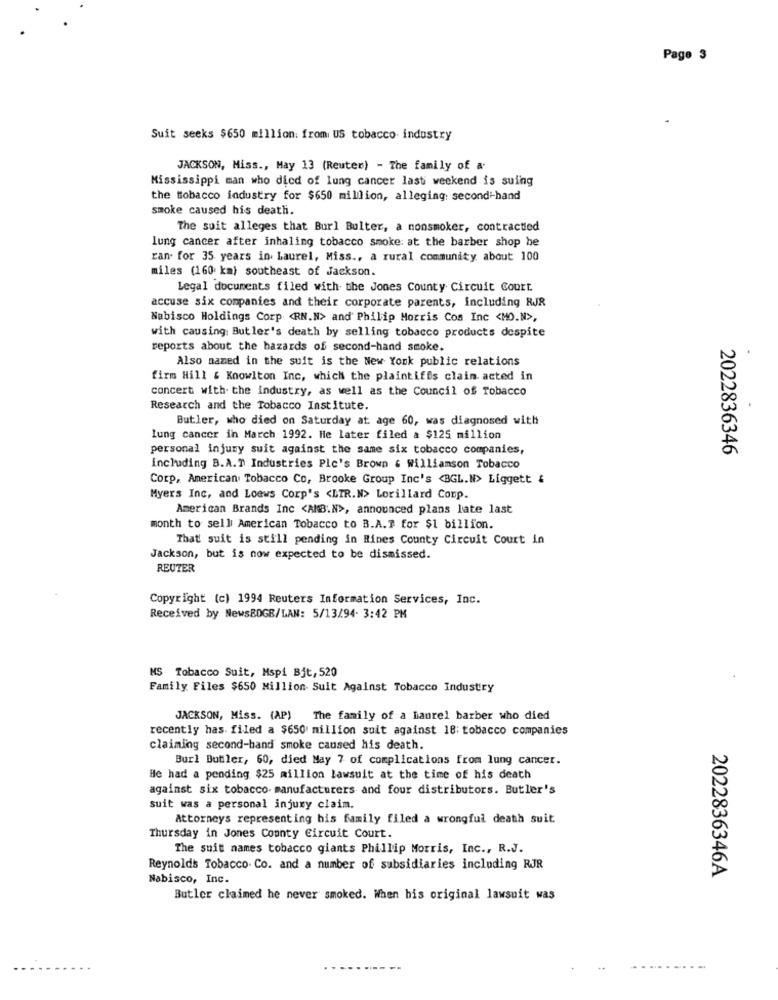
Page 3
Suit seeks $650 million. from US tobacco industry
JACKSON, Miss ., May 13 (Reuter) - The family of a.
Mississippi man who died of lung cancer lasti weekend is suing
the tobacco industry for $650 million, alleging: second-hand
smoke caused his death.
The suit alleges that Burl Bulter, a nonsmoker, contracted
lung cancer after inhaling tobacco smoke: at the barber shop he
ran. for 35 years in Laurel, Miss ., a rural community about 100
miles (160 km) southeast of Jackson.
Legal documents filed with the Jones County Circuit Court.
accuse six companies and their corporate parents, including RJR
Nabisco Holdings Corp <RN.N> and' Philip Morris Cos Inc <MO.N>,
with causing Butler's death by selling tobacco products despite
reports about the hazards of second-hand smoke.
Also named in the suit is the New York public relations
firm Hill & Knowlton Inc, which the plaintiffs clain. acted in
concert with the industry, as well as the Council of Tobacco
Research and the Tobacco Institute.
Butler, who died on Saturday at age 60, was diagnosed with
lung cancer in March 1992. He later filed a $125 million
personal injury suit against the same six tobacco companies,
2022836346
including B.A.T Industries Plc's Brown & Williamson Tobacco
Corp, American Tobacco Co, Brooke Group Inc's <BGL.W> Liggett &
Myers Inc, and Loews Corp's <LIR.N> Lorillard Conp.
American Brands Inc <AMB.N>, announced plans late last
month to sell American Tobacco to B.A.7 for $1 billion.
That suit is still pending in Rines County Circuit Court in
Jackson, but is now expected to be dismissed.
REUTER
Copyright (c) 1994 Reuters Information Services, Inc.
Received by NewsBOGB/LAN: 5/13/94. 3:42 PM
MS Tobacco Suit, Mspi Bit, 520
Family Files $650 Million Suit Against Tobacco Industry
JACKSON, Miss. (AP) The family of a laurel barber who died
recently has. filed a $650 million suit against 18: tobacco companies
claiming second-hand smoke caused his death.
Burl Butler, 60, died May 7 of complications from lung cancer.
He had a pending $25 million lawsuit at the time of his death
against six tobacco manufacturers and four distributors. Butler's
suit was a personal injury claim.
Attorneys representing his family filed a wrongful death suit
Thursday in Jones County Circuit Court.
The suit names tobacco giants Phillip Morris, Inc ., R.J.
Reynolds Tobacco. Co. and a number of subsidiaries including RJR
Nabisco, Inc.
2022836346A
Butler claimed he never smoked. When his original lawsuit was
-------